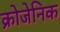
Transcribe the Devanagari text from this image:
क्रोजेनिक